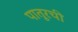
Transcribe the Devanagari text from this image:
पातूरची